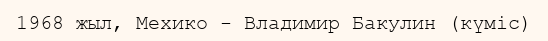
1968 жыл, Мехико - Владимир Бакулин (күміс)